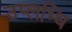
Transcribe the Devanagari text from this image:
उप्लभ्धि